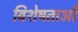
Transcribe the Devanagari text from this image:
विशेषताओँ